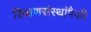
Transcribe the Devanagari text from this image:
शिक्षणसंस्थांपैकी